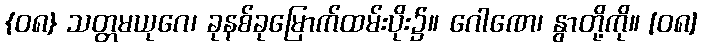
{၀၈} သတ္တမယုဂေ၊ ခုနစ်ခုမြောက်ထမ်းပိုး၌။ ဂေါဏေ၊ နွာတို့ကို။ [၀၈]